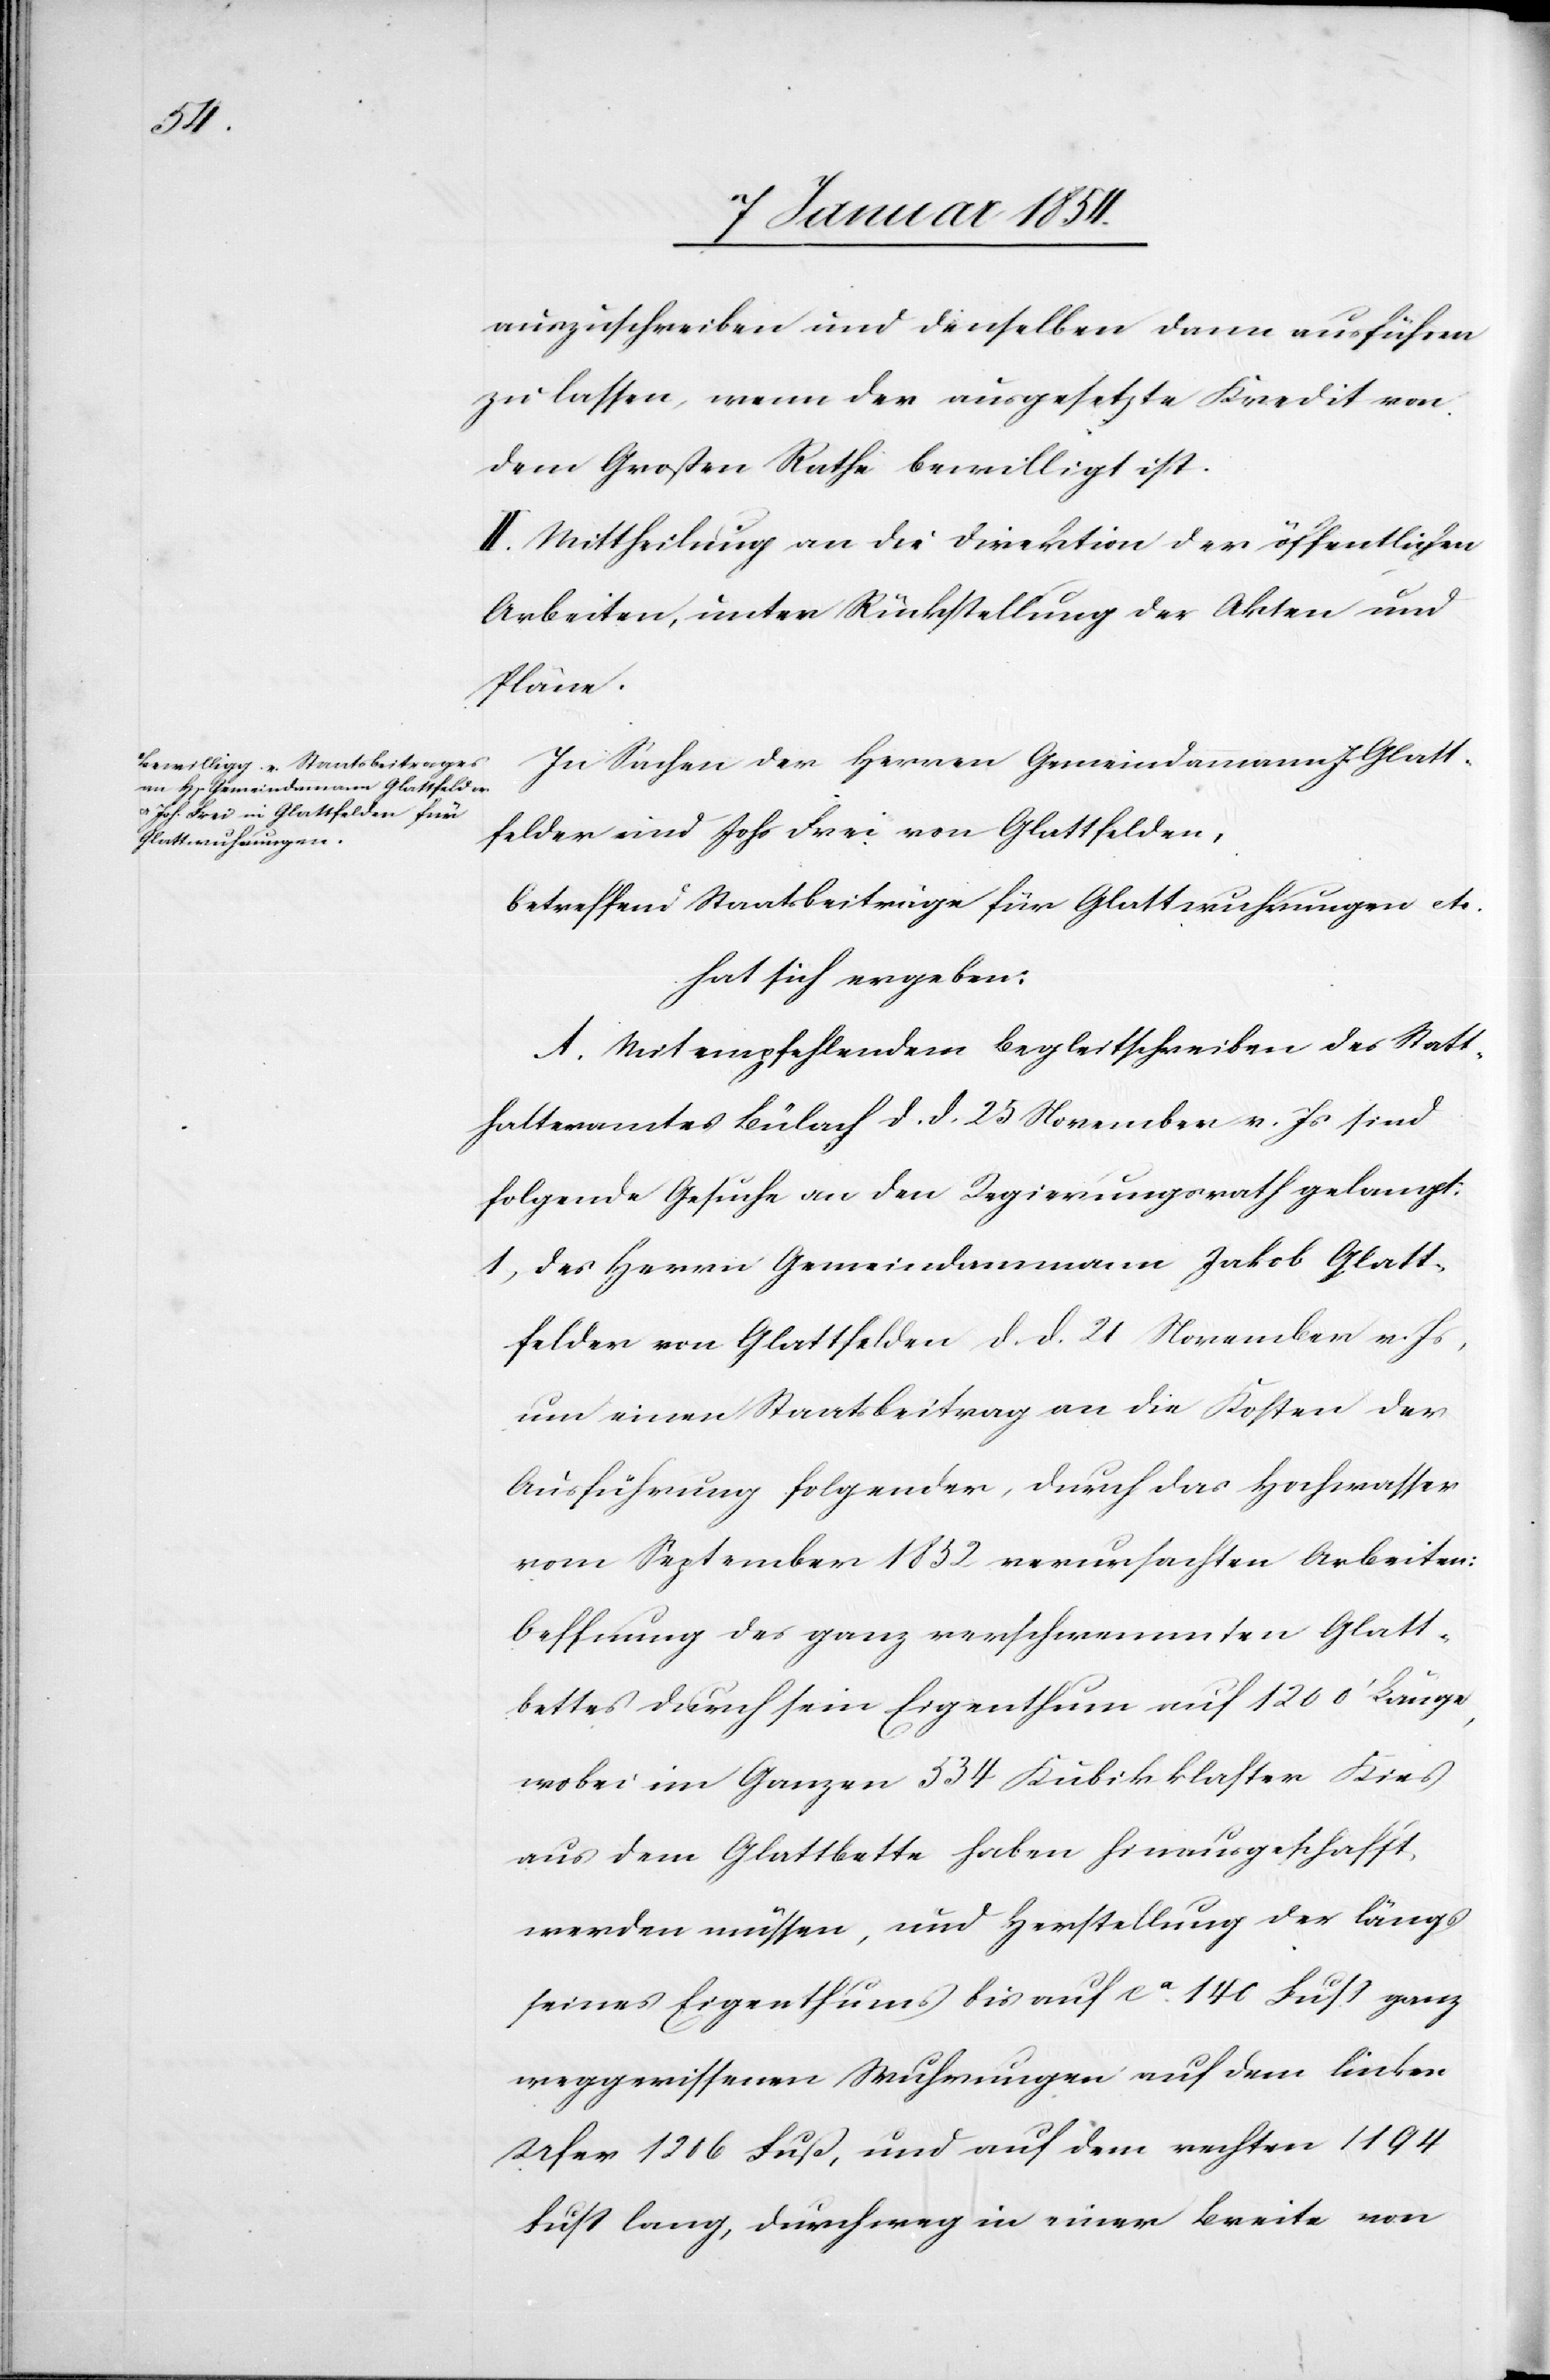
auszuschreiben und denselben dann ausführen
zu lassen, wenn der ausgesetzte Kredit von
dem Großen Rathe bewilligt ist.
II. Mittheilung an die Direktion der öffentlichen
Arbeiten, unter Rückstellung der Akten und
Pläne.
In Sachen der Herren Gemeindammann J. Glatt¬
felder und Johs Frei von Glattfelden,
betreffend Staatsbeiträge für Glattwuhrungen etc.
hat sich ergeben:
A. Mit empfehlendem Begleitschreiben des Statt¬
halteramtes Bülach d. d. 25 November v. Js sind
folgende Gesuche an den Regierungsrath gelangt:
1) Des Herrn Gemeindammann Jakob Glatt¬
felder von Glattfelden d. d. 21 November v. Js,
um einen Staatsbeitrag an die Kosten der
Ausführung folgender, durch das Hochwasser
vom September 1852 verursachten Arbeiten:
Oeffnung des ganz verschwemmten Glatt¬
bettes durch sein Eigenthum auf 1200‘ Länge,
wobei im Ganzen 534 Kubikklaften Kies
aus dem Glattbette haben hinausgeschafft
werden müssen, und Herstellung der längs
seines Eigenthums bis auf ca. 140 Fuß ganz
weggerissenen Wuhrungen auf dem linken
Ufer 1206 Fuß, und auf dem rechten 1194
Fuß lang, durchweg in einer Breite von